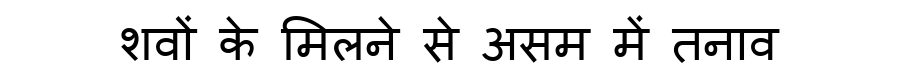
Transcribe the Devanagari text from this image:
शवों के मिलने से असम में तनाव